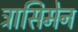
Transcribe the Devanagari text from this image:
ट्रासिमेन